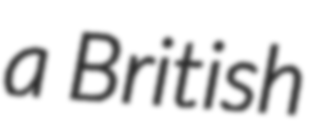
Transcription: a British